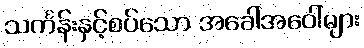
သင်္ကန်းနှင့်စပ်သော အခေါ်အဝေါ်များ